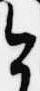
今